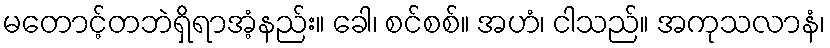
မတောင့်တဘဲရှိရာအံ့နည်း။ ခေါ၊ စင်စစ်။ အဟံ၊ ငါသည်။ အကုသလာနံ၊